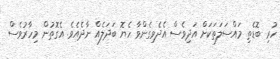
ހުރި ބޮޑެތި މައްސަލަތަކަށް އަދިވެސް އެދެވިގެންވާ ހެޔޮ ބަދަލެއް ނާދެއެވެ. އެގޮތުން މިހާރުވެސް